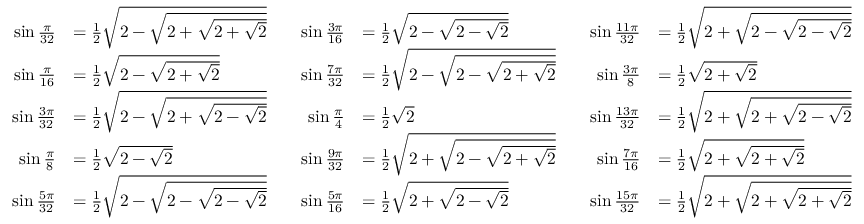
{ \begin{array} { r l r l r l } { \sin { \frac { \pi } { 3 2 } } } & { = { \frac { 1 } { 2 } } { \sqrt { 2 - { \sqrt { 2 + { \sqrt { 2 + { \sqrt { 2 } } } } } } } } } & { \quad \sin { \frac { 3 \pi } { 1 6 } } } & { = { \frac { 1 } { 2 } } { \sqrt { 2 - { \sqrt { 2 - { \sqrt { 2 } } } } } } } & { \quad \sin { \frac { 1 1 \pi } { 3 2 } } } & { = { \frac { 1 } { 2 } } { \sqrt { 2 + { \sqrt { 2 - { \sqrt { 2 - { \sqrt { 2 } } } } } } } } } \\ { \sin { \frac { \pi } { 1 6 } } } & { = { \frac { 1 } { 2 } } { \sqrt { 2 - { \sqrt { 2 + { \sqrt { 2 } } } } } } } & { \quad \sin { \frac { 7 \pi } { 3 2 } } } & { = { \frac { 1 } { 2 } } { \sqrt { 2 - { \sqrt { 2 - { \sqrt { 2 + { \sqrt { 2 } } } } } } } } } & { \quad \sin { \frac { 3 \pi } { 8 } } } & { = { \frac { 1 } { 2 } } { \sqrt { 2 + { \sqrt { 2 } } } } } \\ { \sin { \frac { 3 \pi } { 3 2 } } } & { = { \frac { 1 } { 2 } } { \sqrt { 2 - { \sqrt { 2 + { \sqrt { 2 - { \sqrt { 2 } } } } } } } } } & { \quad \sin { \frac { \pi } { 4 } } } & { = { \frac { 1 } { 2 } } { \sqrt { 2 } } } & { \quad \sin { \frac { 1 3 \pi } { 3 2 } } } & { = { \frac { 1 } { 2 } } { \sqrt { 2 + { \sqrt { 2 + { \sqrt { 2 - { \sqrt { 2 } } } } } } } } } \\ { \sin { \frac { \pi } { 8 } } } & { = { \frac { 1 } { 2 } } { \sqrt { 2 - { \sqrt { 2 } } } } } & { \quad \sin { \frac { 9 \pi } { 3 2 } } } & { = { \frac { 1 } { 2 } } { \sqrt { 2 + { \sqrt { 2 - { \sqrt { 2 + { \sqrt { 2 } } } } } } } } } & { \quad \sin { \frac { 7 \pi } { 1 6 } } } & { = { \frac { 1 } { 2 } } { \sqrt { 2 + { \sqrt { 2 + { \sqrt { 2 } } } } } } } \\ { \sin { \frac { 5 \pi } { 3 2 } } } & { = { \frac { 1 } { 2 } } { \sqrt { 2 - { \sqrt { 2 - { \sqrt { 2 - { \sqrt { 2 } } } } } } } } } & { \quad \sin { \frac { 5 \pi } { 1 6 } } } & { = { \frac { 1 } { 2 } } { \sqrt { 2 + { \sqrt { 2 - { \sqrt { 2 } } } } } } } & { \quad \sin { \frac { 1 5 \pi } { 3 2 } } } & { = { \frac { 1 } { 2 } } { \sqrt { 2 + { \sqrt { 2 + { \sqrt { 2 + { \sqrt { 2 } } } } } } } } } \end{array} }